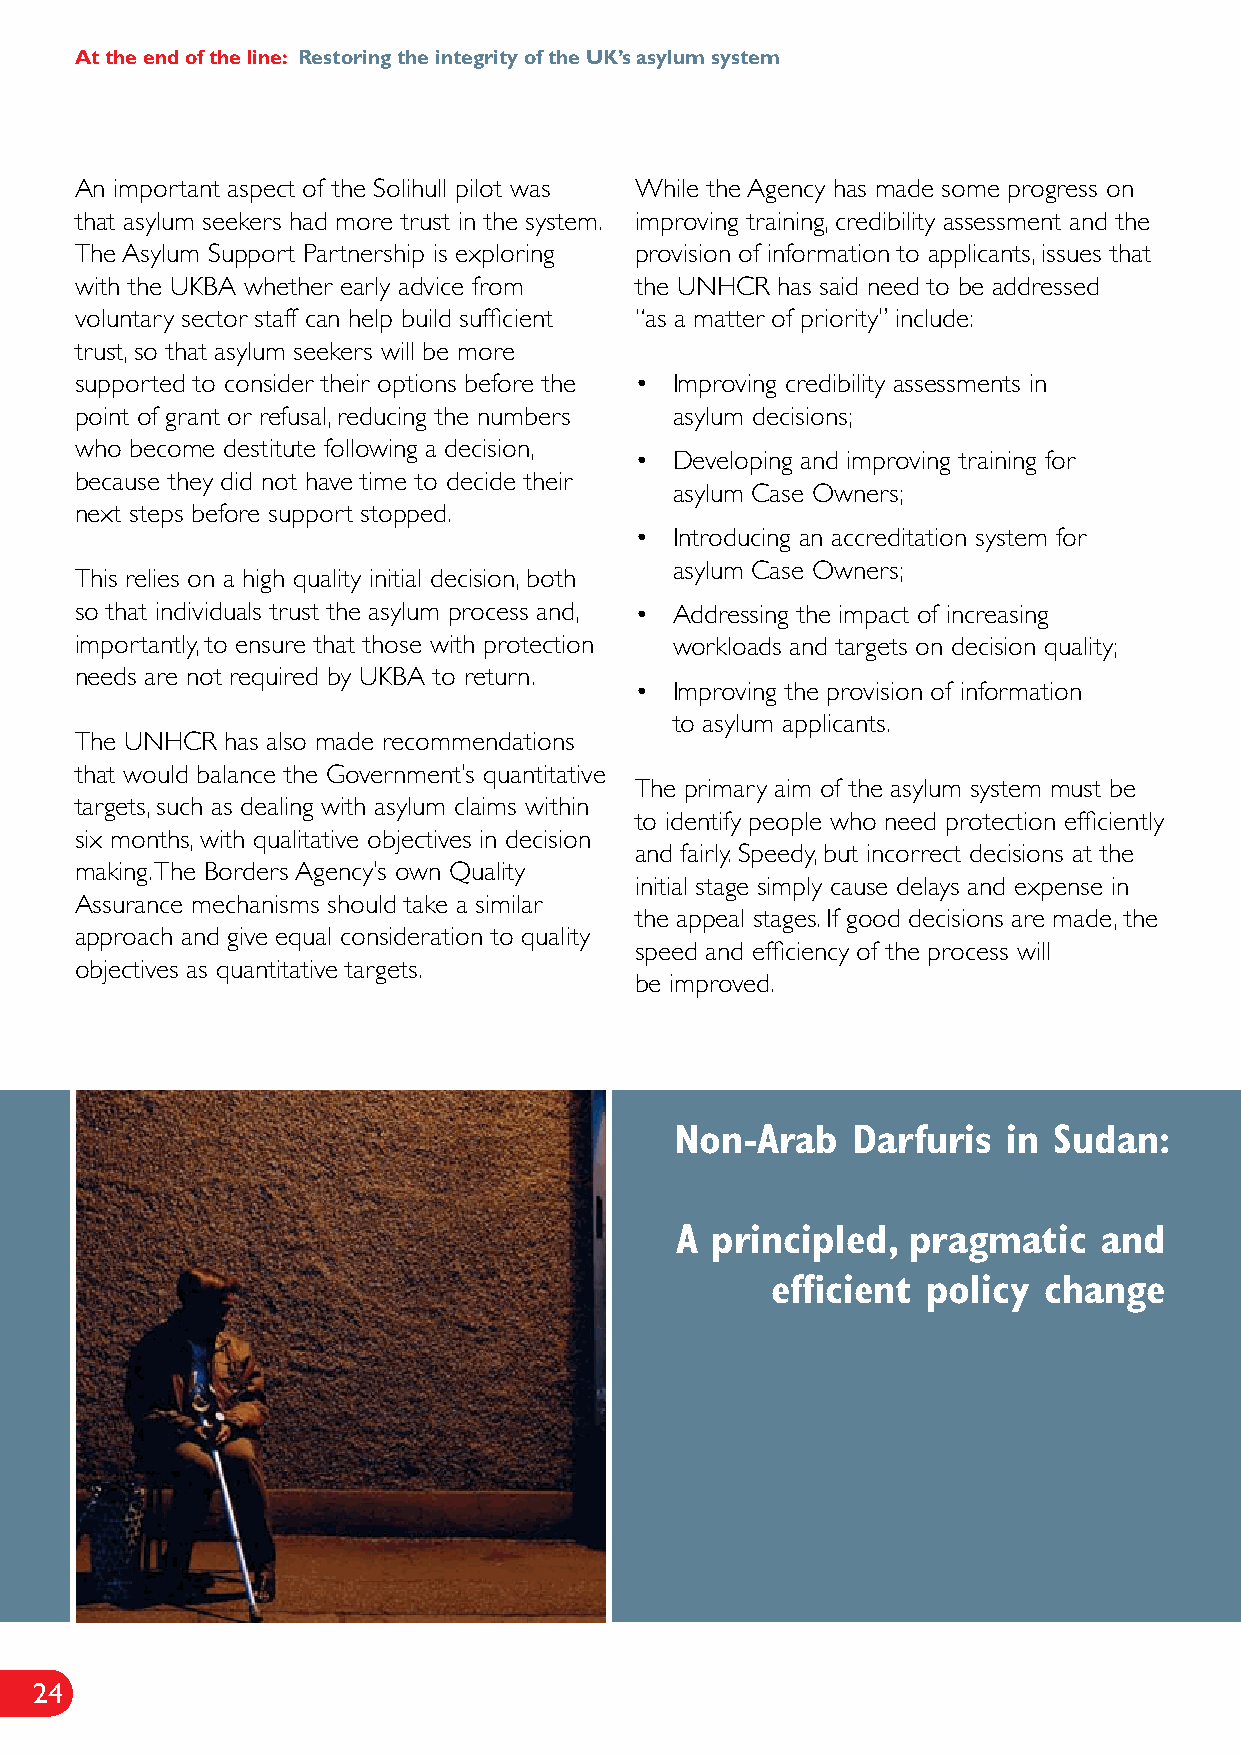
At the end of the line: Restoring the integrity of the UK’s asylum system
 An important aspect of the Solihull pilot was While the Agency has made some progress on
 that asylum seekers had more trust in the system. improving training, credibility assessment and the
 The Asylum Support Partnership is exploring provision of information to applicants, issues that
 with the UKBA whether early advice from the UNHCR has said need to be addressed
 voluntary sector staff can help build sufficient “as a matter of priority” include:
 trust, so that asylum seekers will be more
 supported to consider their options before the • Improving credibility assessments in
 point of grant or refusal, reducing the numbers asylum decisions;
 who become destitute following a decision,
 •  Developing and improving training for
 because they did not have time to decide their
 asylum Case Owners;
 next steps before support stopped.
 •  Introducing an accreditation system for
 asylum Case Owners;
 This relies on a high quality initial decision, both
 so that individuals trust the asylum process and, • Addressing the impact of increasing
 importantly, to ensure that those with protection workloads and targets on decision quality;
 needs are not required by UKBA to return.
 •  Improving the provision of information
 to asylum applicants.
 The UNHCR has also made recommendations
 that would balance the Government’s quantitative
 The primary aim of the asylum system must be
 targets, such as dealing with asylum claims within
 to identify people who need protection efficiently
 six months, with qualitative objectives in decision
 and fairly. Speedy, but incorrect decisions at the
 making. The Borders Agency’s own Quality
 initial stage simply cause delays and expense in
 Assurance mechanisms should take a similar
 the appeal stages. If good decisions are made, the
 approach and give equal consideration to quality
 speed and efficiency of the process will
 objectives as quantitative targets.
 be improved.
 Non-Arab   Darfuris   in Sudan:
 A principled,  pragmatic    and
 efficient policy  change
 24